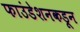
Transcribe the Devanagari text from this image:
फाउंडेशनकडून